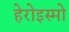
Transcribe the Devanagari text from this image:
हेरोइस्मो